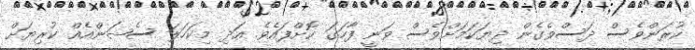
ކުރަންވެސް ދަސްވެގެން ދިޔަކަމަށްވެސް ވަނީ ފާހަގަ ކޮށްފައެވެ. އަދި މިކަހަލަ ސެޝަންއެއް ކުރިޔަށް